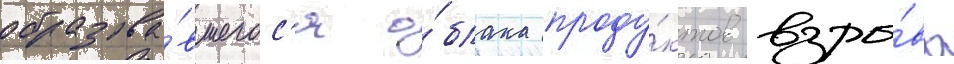
образова́вшегос'я о́блака проду́ктов взры́ва